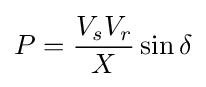
P={V_{s}V_{r} \over X}\sin \delta